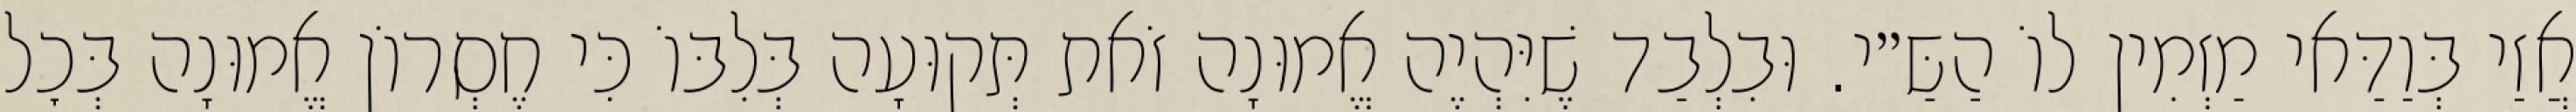
אֲזַי בְּוַדַּאי מַזְמִין לוֹ הַשַּ״י. וּבִלְבַד שֶׁיִּהְיֶה אֱמוּנָה זֹאת תְּקוּעָה בְּלִבּוֹ כִּי חֶסְרוֹן אֱמוּנָה בְּכׇל